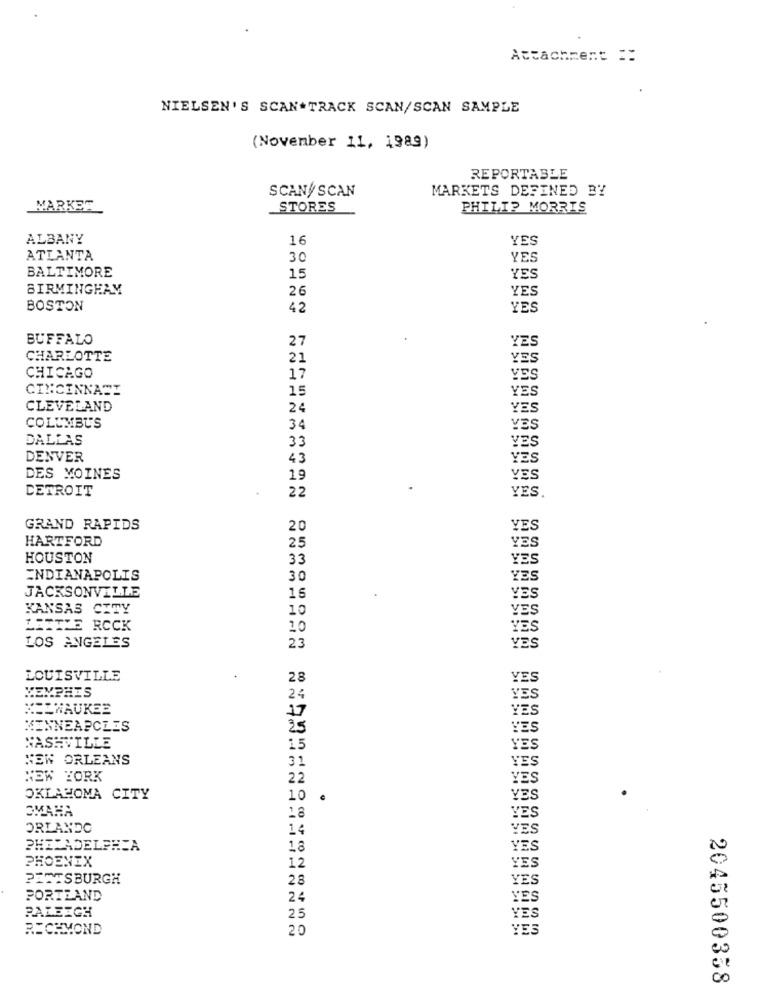
Attachment ==
NIELSEN'S SCAN TRACK SCAN/SCAN SAMPLE
(November 11, 1989)
REPORTABLE
SCAN/SCAN
MARKETS DEFINED BY
MARKER
STORES
PHILIP MORRIS
ALBANY
16
YES
ATLANTA
30
YES
BALTIMORE
15
YES
BIRMINGHAM
26
YES
BOSTON
42
YES
BUFFALO
27
YES
CHARLOTTE
21
YES
CHICAGO
17
YES
CINCINNATI
15
YES
CLEVELAND
24
YES
COLUMBUS
34
VES
DALLAS
33
YES
DENVER
43
YES
DES MOINES
19
YES
DETROIT
22
YES
GRAND RAPIDS
20
YES
HARTFORD
YES
25
HOUSTON
33
YES
INDIANAPOLIS
30
YES
JACKSONVILLE
15
YES
KANSAS CITY
10
YES
TREIZE ROCK
10
YES
YES
LOS ANGELES
23
LOUISVILLE
28
YES
MEMPHIS
24
YES
MILWAUKEE
17
YES
MINNEAPCLES
25
YES
NASHVILLE
15
YES
NEW ORLEANS
31
YES
NEW YORK
22
YES
OKLAHOMA CITY
10
YES
OMAHA
18
YES
ORLANDO
14
YES
PHILADELPHIA
18
YES
PHOENIX
12
YES
PITTSBURGH
28
YES
PORTLAND
24
YES
YES
RALEIGH
25
RICHMOND
20
YES
2045500358